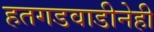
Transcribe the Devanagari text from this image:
हतगडवाडीनेही